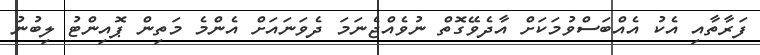
ފަރާތާއި އެކު އެއްބަސްވުމަކަށް އާދެވޭގޮތް ނުވެއްޖެނަމަ ދެވަނައަށް އެންމެ މަތިން ޕޮއިންޓު ލިބުނު